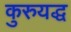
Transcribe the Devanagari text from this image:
कुरुयद्ध